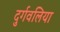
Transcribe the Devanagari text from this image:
दुर्गवलिया